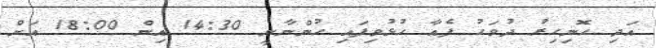
އަދި ހޮނިހިރު ދުވަހު ފެއާ ހުޅުވިފައި ހުންނާނީ 14:30 އިން 18:00 އަށް